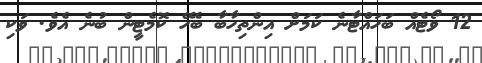
12 ވޯޓެއް ބަހައްޓާނެ ކަމަށް އިންތިހާބާ ބެހޭ ކޮމެޓީން ބުނެ އެވެ. ވަކި